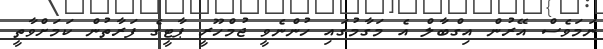
ނަމަވެސް އޭރުން އިގްބާލް އެ މަގާމުގައި ހުންނެވީ ޖުމްހޫރީ ޕާޓީގެ ފަރާތުން ކަމަށްވާތީ